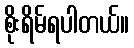
စိုးရိမ်ရပါတယ်။